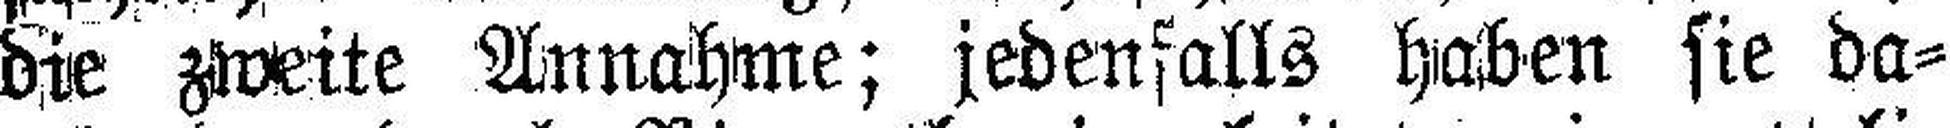
die zweite Annahme; jedenfalls haben sie da¬